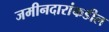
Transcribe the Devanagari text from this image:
जमीनदारांकडील